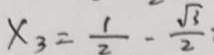
x _ { 3 } = \frac { 1 } { 2 } - \frac { \sqrt { 3 } } { 2 }